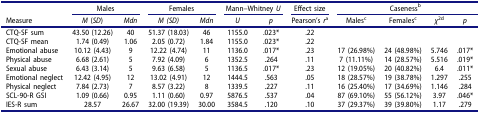
<table><thead><tr><td><b> </b></td><td colspan="2"><b>Males</b></td><td colspan="2"><b>Females</b></td><td colspan="2"><b>Mann–Whitney <i>U</i></b></td><td><b>Effect size</b></td><td colspan="4"><b>Caseness<sup>b</sup></b></td></tr><tr><td><b>Measure</b></td><td><b><i>M</i> (<i>SD</i>)</b></td><td><b><i>Mdn</i></b></td><td><b><i>M (SD)</i></b></td><td><b><i>Mdn</i></b></td><td><b><i>U</i></b></td><td><b><i>p</i></b></td><td><b>Pearson’s <i>r</i><sup>a</sup></b></td><td><b>Males<sup>c</sup></b></td><td><b>Females<sup>c</sup></b></td><td><b><i>χ</i><sup>2d</sup></b></td><td><b><i>p</i></b></td></tr></thead><tbody><tr><td>CTQ-SF sum</td><td>43.50 (12.26)</td><td>40</td><td>51.37 (18.03)</td><td>46</td><td>1155.0</td><td>.023*</td><td>.22</td><td> </td><td> </td><td> </td><td> </td></tr><tr><td>CTQ-SF mean</td><td>1.74 (0.49)</td><td>1.06</td><td>2.05 (0.72)</td><td>1.84</td><td>1155.0</td><td>.023*</td><td>.22</td><td> </td><td> </td><td> </td><td> </td></tr><tr><td>Emotional abuse</td><td>10.12 (4.43)</td><td>9</td><td>12.22 (4.74)</td><td>11</td><td>1136.0</td><td>.017*</td><td>.23</td><td>17 (26.98%)</td><td>24 (48.98%)</td><td>5.746</td><td>.017*</td></tr><tr><td>Physical abuse</td><td>6.68 (2.61)</td><td>5</td><td>7.92 (4.09)</td><td>6</td><td>1352.5</td><td>.264</td><td>.11</td><td>7 (11.11%)</td><td>14 (28.57%)</td><td>5.516</td><td>.019*</td></tr><tr><td>Sexual abuse</td><td>6.43 (3.14)</td><td>5</td><td>9.63 (6.58)</td><td>5</td><td>1136.5</td><td>.017*</td><td>.23</td><td>12 (19.05%)</td><td>20 (40.82%)</td><td>6.4</td><td>.011*</td></tr><tr><td>Emotional neglect</td><td>12.42 (4.95)</td><td>12</td><td>13.02 (4.91)</td><td>12</td><td>1444.5</td><td>.563</td><td>.05</td><td>18 (28.57%)</td><td>19 (38.78%)</td><td>1.297</td><td>.255</td></tr><tr><td>Physical neglect</td><td>7.84 (2.73)</td><td>7</td><td>8.57 (3.22)</td><td>8</td><td>1339.5</td><td>.227</td><td>.11</td><td>16 (25.40%)</td><td>17 (34.69%)</td><td>1.146</td><td>.284</td></tr><tr><td>SCL-90-R GSI</td><td>1.09 (0.66)</td><td>0.95</td><td>1.11 (0.60)</td><td>0.97</td><td>5876.5</td><td>.537</td><td>.04</td><td>87 (69.10%)</td><td>55 (56.12%)</td><td>3.97</td><td>.046*</td></tr><tr><td>IES-R sum</td><td>28.57</td><td>26.67</td><td>32.00 (19.39)</td><td>30.00</td><td>3584.5</td><td>.120</td><td>.10</td><td>37 (29.37%)</td><td>39 (39.80%)</td><td>1.17</td><td>.279</td></tr></tbody></table>